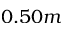
0 . 5 0 m